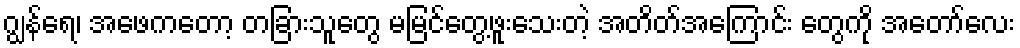
ဂျွန်ရေ၊ အဖေကတော့ တခြားသူတွေ မမြင်တွေ့ဖူးသေးတဲ့ အတိတ်အကြောင်း တွေကို အတော်လေး